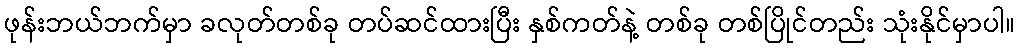
ဖုန်းဘယ်ဘက်မှာ ခလုတ်တစ်ခု တပ်ဆင်ထားပြီး နှစ်ကတ်နဲ့ တစ်ခု တစ်ပြိုင်တည်း သုံးနိုင်မှာပါ။